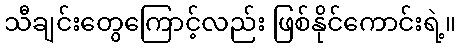
သီချင်းတွေကြောင့်လည်း ဖြစ်နိုင်ကောင်းရဲ့။